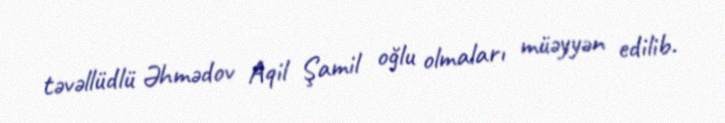
təvəllüdlü Əhmədov Aqil Şamil oğlu olmaları müəyyən edilib.